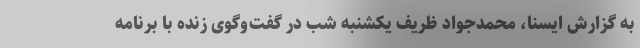
به گزارش ایسنا، محمدجواد ظریف یکشنبه شب در گفت‌وگوی زنده با برنامه